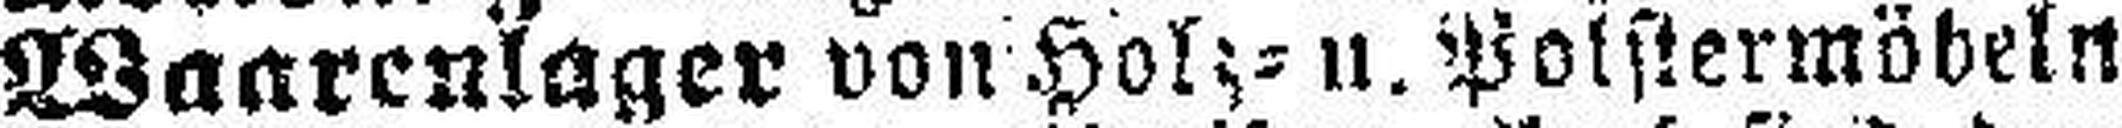
Waarenlager von Holz= u. Polstermöbeln